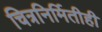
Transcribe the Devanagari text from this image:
चित्रनिर्मितीही